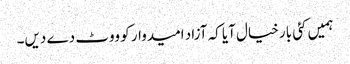
ہمیں کئی بار خیال آیا کہ آزاد امیدوار کو ووٹ دے دیں۔